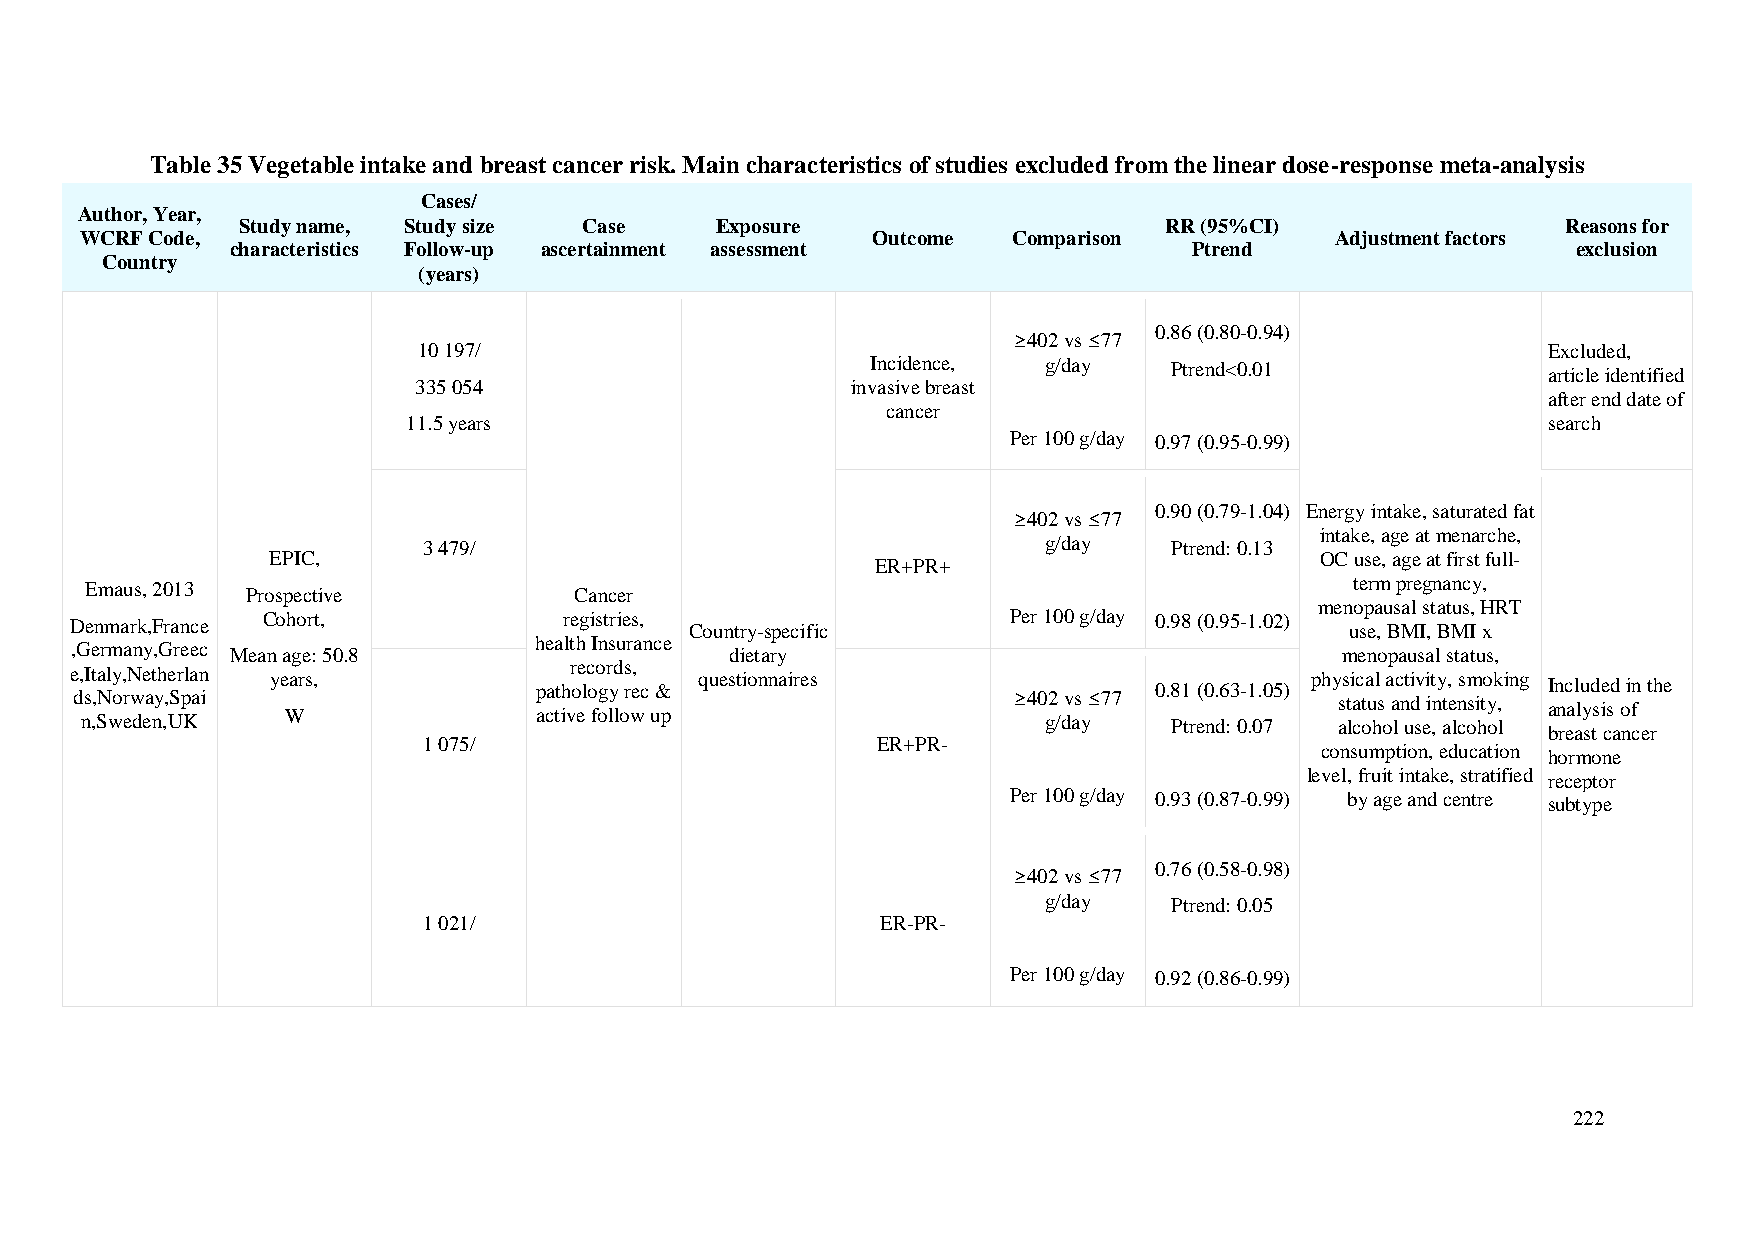
Table 35 Vegetable intake and breast cancer risk. Main characteristics of studies excluded from the linear dose-response meta-analysis
 Cases/
 Author, Year,
 Study name, Study size Case    Exposure                      RR (95%CI)                 Reasons for
 WCRF Code,                                           Outcome  Comparison           Adjustment factors
 characteristics Follow-up ascertainment assessment              Ptrend                   exclusion
 Country
 (years)
 0.86 (0.80-0.94)
 ≥402 vs ≤77
 10 197/                                                                   Excluded,
 Incidence, g/day    Ptrend<0.01             article identified
 335 054                      invasive breast
 cancer
 after end date of
 11.5 years                                                                 search
 Per 100 g/day 0.97 (0.95-0.99)
 0.90 (0.79-1.04) Energy intake, saturated fat
 ≥402 vs ≤77
 intake, age at menarche,
 3 479/                                   g/day    Ptrend: 0.13
 EPIC,                                                                OC use, age at first full-
 ER+PR+
 Emaus, 2013 Prospective         Cancer                                              term pregnancy,
 menopausal status, HRT
 Denmark,France Cohort,          registries, Country-specific  Per 100 g/day 0.98 (0.95-1.02) use, BMI, BMI x
 ,Germany,Greec Mean age: 50.8 health Insurance dietary                              menopausal status,
 e d, sIt ,a Nly o, rN we at yh ,e Sr pla an i years, pathr oe lc oo gr yd s re, c & questionnaires ≥402 vs ≤77 0.81 (0.63-1.05) phy ss ti ac ta ul s a ac nti dv i it ny t, e nsm sito yk , ing I an nc al lu yd se isd o i fn the
 n,Sweden,UK   W               active follow up                  g/day    Ptrend: 0.07 alcohol use, alcohol breast cancer
 1 075/                        ER+PR-
 consumption, education hormone
 level, fruit intake, stratified receptor
 Per 100 g/day 0.93 (0.87-0.99) by age and centre subtype
 0.76 (0.58-0.98)
 ≥402 vs ≤77
 g/day    Ptrend: 0.05
 1 021/                        ER-PR-
 Per 100 g/day 0.92 (0.86-0.99)
 222